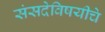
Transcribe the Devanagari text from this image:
संसदेविषयीचे